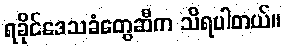
ရခိုင်ဒေသခံတွေဆီက သိရပါတယ်။